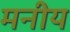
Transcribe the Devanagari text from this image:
मनीय